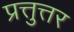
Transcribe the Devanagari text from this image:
प्रत्तुत्तर